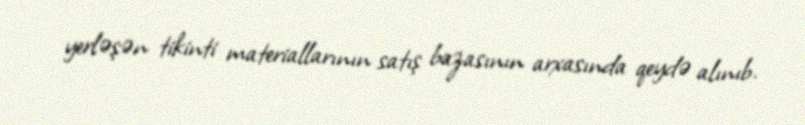
yerləşən tikinti materiallarının satış bazasının arxasında qeydə alınıb.